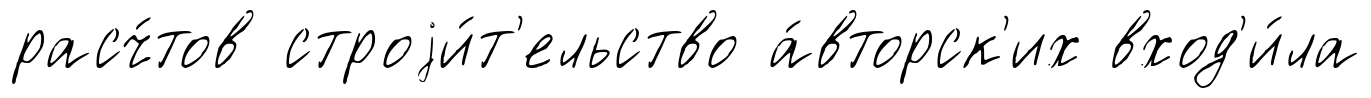
расч́тов строjи́т'ельство а́вторск'их вход'и́ла